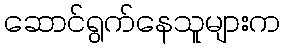
ဆောင်ရွက်နေသူများက